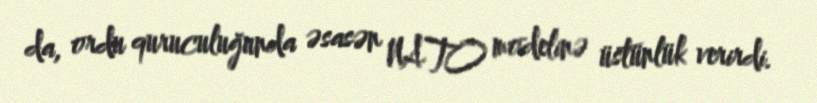
da, ordu quruculuğunda əsasən NATO modelinə üstünlük verirdi.